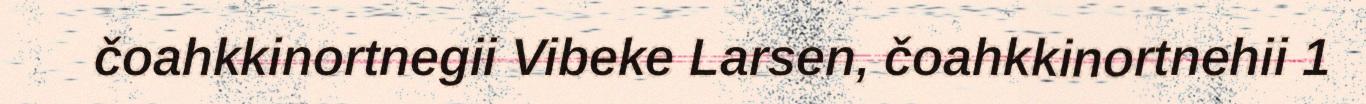
čoahkkinortnegii Vibeke Larsen, čoahkkinortnehii 1